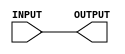
module MyProject(INPUT, OUTPUT);
	input INPUT;
	output OUTPUT;
	assign OUTPUT = INPUT;
endmodule